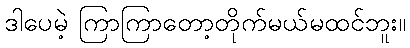
ဒါပေမဲ့ ကြာကြာတော့တိုက်မယ်မထင်ဘူး။